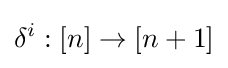
\delta ^{i}:[n]\to [n+1]